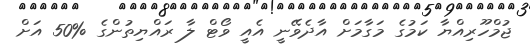
ޖުމްހޫރިއްޔާ ކަމުގެ މަގާމަށް އާދެވޭނީ އެއީ ވޯޓް ލާ ރައްޔިތުންގެ %50 އަށް